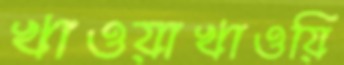
খাওয়াখাওয়ি